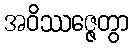
အဝိဿဇ္ဇေတွာ